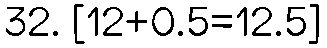
32. [12+0.5=12.5]